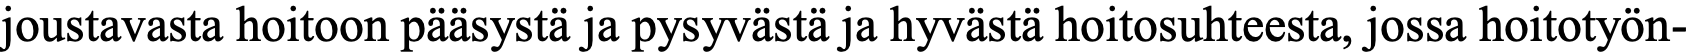
joustavasta hoitoon pääsystä ja pysyvästä ja hyvästä hoitosuhteesta, jossa hoitotyön-